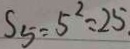
S _ { 5 } = 5 ^ { 2 } = 2 5 .